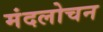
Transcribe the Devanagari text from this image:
मंदलोचन